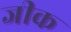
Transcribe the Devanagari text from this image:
जीक